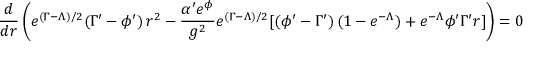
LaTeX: \frac { d } { d r } \left( e ^ { ( \Gamma - \Lambda ) / 2 } ( \Gamma ^ { \prime } - \phi ^ { \prime } ) \, r ^ { 2 } - \frac { \alpha ^ { \prime } e ^ { \phi } } { g ^ { 2 } } e ^ { ( \Gamma - \Lambda ) / 2 } [ ( \phi ^ { \prime } - \Gamma ^ { \prime } ) \, ( 1 - e ^ { - \Lambda } ) + e ^ { - \Lambda } \phi ^ { \prime } \Gamma ^ { \prime } r ] \right) = 0